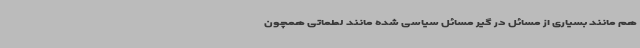
هم مانند بسیاری از مسائل در گیر مسائل سیاسی شده مانند لطماتی همچون